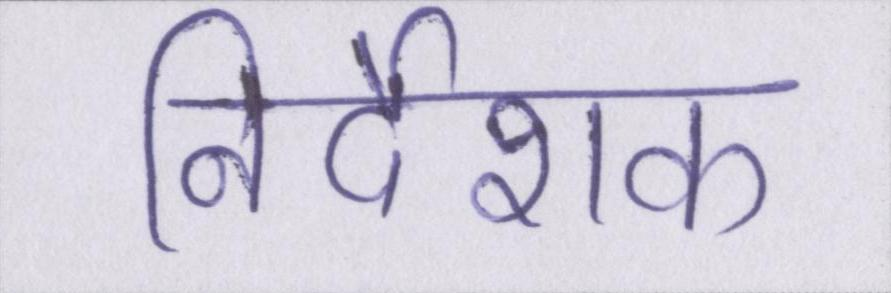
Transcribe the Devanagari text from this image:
निर्देशक